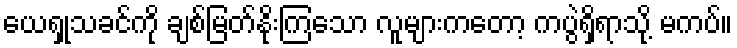
ယေရှုသခင်ကို ချစ်မြတ်နိုးကြသော လူများကတော့ ကပွဲရှိရာသို့ မကပ်။